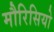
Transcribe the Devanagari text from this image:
मौरिसियो